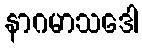
နာဂမာသဒေါ